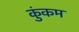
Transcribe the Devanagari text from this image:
कुंकम